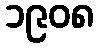
၁၉၀၈